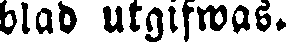
blad utgifwas.